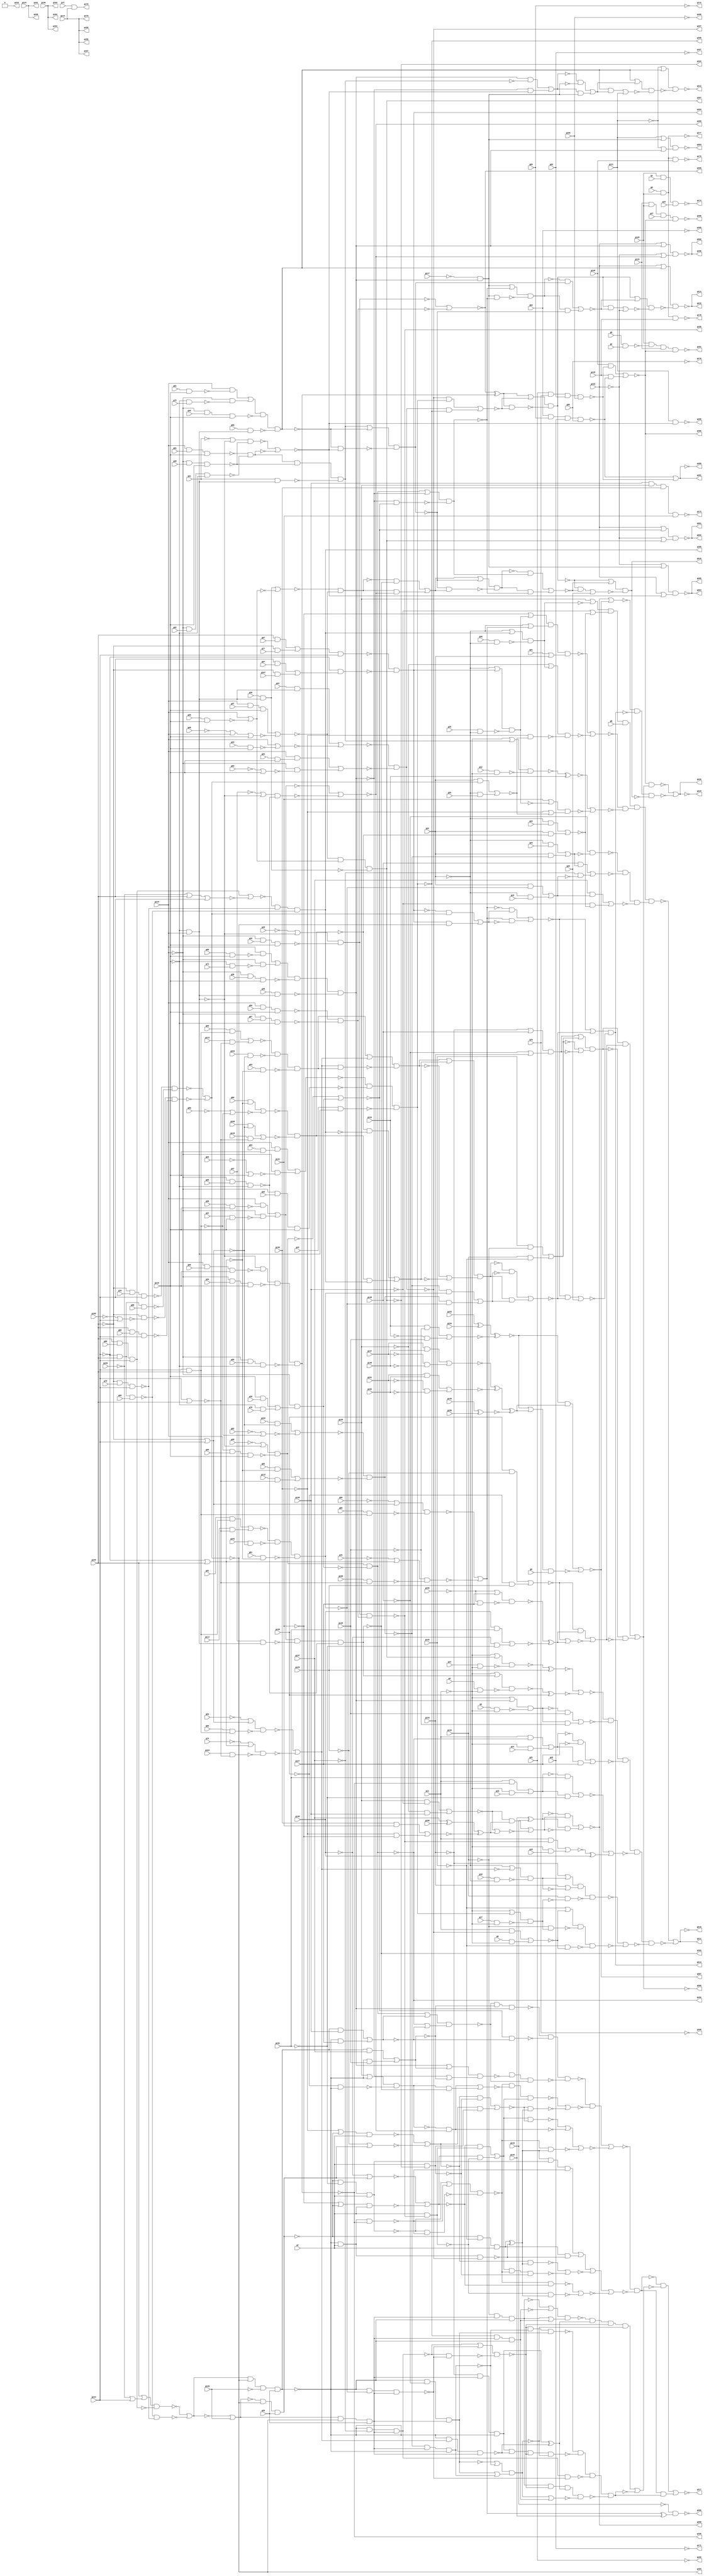
module top ( g0 , g1 , g2 , g3 , g4 , g5 , g6 , g7 , g8 , g9 , g10 , g11 , g12 , g13 , g14 , g15 , g16 , g17 , g18 , g19 , g20 , g21 , g22 , g23 , g24 , g25 , g26 , g27 , g28 , g29 , g30 , g31 , g32 , g33 , g34 , g35 , g36 , g37 , g38 , g39 , g40 , g41 , g42 , g43 , g44 , g45 , g46 , g47 , g48 , g49 , g50 , g51 , g52 , g53 , g54 , g55 , g56 , g57 , g58 , g59 , g60 , g61 , g62 , g63 , g64 , g65 , g66 , g67 , g68 , g69 , g70 , g71 , g72 , g73 , g74 , g75 , g76 , g77 , g78 , g79 , g80 , g81 , g82 , g83 , g84 , g85 , g86 , g87 , g88 , g89 , g90 , g91 , g92 , g93 , g94 , g95 , g96 , g97 , g98 , g99 , g100 , g101 , g102 , g103 , g104 , g105 , g106 , g107 , g108 , g109 , g110 , g111 , g112 , g113 , g114 , g115 , g116 , g117 , g118 , g119 , g120 , g121 , g122 , g123 , g124 , g125 , g126 , g127 , g128 , g129 , g130 , g131 , g132 , g133 , g134 , g135 , g136 , g137 , g138 , g139 , g140 , g141 , g142 , g143 , g144 , g145 , g146 , g147 , g148 , g149 , g150 , g151 , g152 , g153 , g154 , g155 , g156 , g157 , g158 , g159 , g160 , g161 , g162 , g163 , g164 , g165 , g166 , g167 , g168 , g169 , g170 , g171 , g172 , g173 , g174 , g175 , g176 , g177 , g178 , g179 , g180 , g181 , g182 , g183 , g184 , g185 , g186 , g187 , g188 , g189 , g190 , g191 , g192 , g193 , g194 , g195 , g196 , g197 , g198 , g199 , g200 , g201 , g202 , g203 , g204 , g205 , g206 , g207 , g208 , g209 , g210 , g211 , g212 , g213 , g214 , g215 , g216 , g217 , g218 , g219 , g220 );
input g0 , g1 , g2 , g3 , g4 , g5 , g6 , g7 , g8 , g9 , g10 , g11 , g12 , g13 , g14 , g15 , g16 , g17 , g18 , g19 , g20 , g21 , g22 , g23 , g24 , g25 , g26 , g27 , g28 , g29 , g30 , g31 , g32 , g33 , g34 , g35 , g36 , g37 , g38 , g39 , g40 , g41 , g42 , g43 , g44 , g45 , g46 , g47 , g48 , g49 , g50 , g51 , g52 , g53 , g54 , g55 , g56 , g57 , g58 , g59 , g60 , g61 , g62 , g63 , g64 , g65 , g66 , g67 , g68 , g69 , g70 , g71 , g72 , g73 , g74 , g75 , g76 , g77 , g78 , g79 , g80 , g81 , g82 , g83 , g84 , g85 , g86 , g87 , g88 , g89 , g90 , g91 , g92 , g93 , g94 , g95 , g96 , g97 , g98 , g99 , g100 , g101 , g102 , g103 , g104 , g105 , g106 , g107 , g108 , g109 , g110 , g111 , g112 , g113 , g114 , g115 , g116 , g117 , g118 , g119 , g120 , g121 , g122 , g123 , g124 , g125 , g126 , g127 , g128 , g129 , g130 , g131 , g132 , g133 , g134 , g135 , g136 , g137 , g138 , g139 , g140 , g141 , g142 , g143 , g144 , g145 , g146 , g147 , g148 , g149 , g150 , g151 , g152 , g153 , g154 , g155 , g156 ;
output g157 , g158 , g159 , g160 , g161 , g162 , g163 , g164 , g165 , g166 , g167 , g168 , g169 , g170 , g171 , g172 , g173 , g174 , g175 , g176 , g177 , g178 , g179 , g180 , g181 , g182 , g183 , g184 , g185 , g186 , g187 , g188 , g189 , g190 , g191 , g192 , g193 , g194 , g195 , g196 , g197 , g198 , g199 , g200 , g201 , g202 , g203 , g204 , g205 , g206 , g207 , g208 , g209 , g210 , g211 , g212 , g213 , g214 , g215 , g216 , g217 , g218 , g219 , g220 ;

wire n1 , n2 , n3 , n4 , n5 , n6 , n7 , n8 , n9 , 
     n10 , n11 , n12 , n13 , n14 , n15 , n16 , n17 , n18 , n19 , 
     n20 , n21 , n22 , n23 , n24 , n25 , n26 , n27 , n28 , n29 , 
     n30 , n31 , n32 , n33 , n34 , n35 , n36 , n37 , n38 , n39 , 
     n40 , n41 , n42 , n43 , n44 , n45 , n46 , n47 , n48 , n49 , 
     n50 , n51 , n52 , n53 , n54 , n55 , n56 , n57 , n58 , n59 , 
     n60 , n61 , n62 , n63 , n64 , n65 , n66 , n67 , n68 , n69 , 
     n70 , n71 , n72 , n73 , n74 , n75 , n76 , n77 , n78 , n79 , 
     n80 , n81 , n82 , n83 , n84 , n85 , n86 , n87 , n88 , n89 , 
     n90 , n91 , n92 , n93 , n94 , n95 , n96 , n97 , n98 , n99 , 
     n100 , n101 , n102 , n103 , n104 , n105 , n106 , n107 , n108 , n109 , 
     n110 , n111 , n112 , n113 , n114 , n115 , n116 , n117 , n118 , n119 , 
     n120 , n121 , n122 , n123 , n124 , n125 , n126 , n127 , n128 , n129 , 
     n130 , n131 , n132 , n133 , n134 , n135 , n136 , n137 , n138 , n139 , 
     n140 , n141 , n142 , n143 , n144 , n145 , n146 , n147 , n148 , n149 , 
     n150 , n151 , n152 , n153 , n154 , n155 , n156 , n157 , n158 , n159 , 
     n160 , n161 , n162 , n163 , n164 , n165 , n166 , n167 , n168 , n169 , 
     n170 , n171 , n172 , n173 , n174 , n175 , n176 , n177 , n178 , n179 , 
     n180 , n181 , n182 , n183 , n184 , n185 , n186 , n187 , n188 , n189 , 
     n190 , n191 , n192 , n193 , n194 , n195 , n196 , n197 , n198 , n199 , 
     n200 , n201 , n202 , n203 , n204 , n205 , n206 , n207 , n208 , n209 , 
     n210 , n211 , n212 , n213 , n214 , n215 , n216 , n217 , n218 , n219 , 
     n220 , n221 , n222 , n223 , n224 , n225 , n226 , n227 , n228 , n229 , 
     n230 , n231 , n232 , n233 , n234 , n235 , n236 , n237 , n238 , n239 , 
     n240 , n241 , n242 , n243 , n244 , n245 , n246 , n247 , n248 , n249 , 
     n250 , n251 , n252 , n253 , n254 , n255 , n256 , n257 , n258 , n259 , 
     n260 , n261 , n262 , n263 , n264 , n265 , n266 , n267 , n268 , n269 , 
     n270 , n271 , n272 , n273 , n274 , n275 , n276 , n277 , n278 , n279 , 
     n280 , n281 , n282 , n283 , n284 , n285 , n286 , n287 , n288 , n289 , 
     n290 , n291 , n292 , n293 , n294 , n295 , n296 , n297 , n298 , n299 , 
     n300 , n301 , n302 , n303 , n304 , n305 , n306 , n307 , n308 , n309 , 
     n310 , n311 , n312 , n313 , n314 , n315 , n316 , n317 , n318 , n319 , 
     n320 , n321 , n322 , n323 , n324 , n325 , n326 , n327 , n328 , n329 , 
     n330 , n331 , n332 , n333 , n334 , n335 , n336 , n337 , n338 , n339 , 
     n340 , n341 , n342 , n343 , n344 , n345 , n346 , n347 , n348 , n349 , 
     n350 , n351 , n352 , n353 , n354 , n355 , n356 , n357 , n358 , n359 , 
     n360 , n361 , n362 , n363 , n364 , n365 , n366 , n367 , n368 , n369 , 
     n370 , n371 , n372 , n373 , n374 , n375 , n376 , n377 , n378 , n379 , 
     n380 , n381 , n382 , n383 , n384 , n385 , n386 , n387 , n388 , n389 , 
     n390 , n391 , n392 , n393 , n394 , n395 , n396 , n397 , n398 , n399 , 
     n400 , n401 , n402 , n403 , n404 , n405 , n406 , n407 , n408 , n409 , 
     n410 , n411 , n412 , n413 , n414 , n415 , n416 , n417 , n418 , n419 , 
     n420 , n421 , n422 , n423 , n424 , n425 , n426 , n427 , n428 , n429 , 
     n430 , n431 , n432 , n433 , n434 , n435 , n436 , n437 , n438 , n439 , 
     n440 , n441 , n442 , n443 , n444 , n445 , n446 , n447 , n448 , n449 , 
     n450 , n451 , n452 , n453 , n454 , n455 , n456 , n457 , n458 , n459 , 
     n460 , n461 , n462 , n463 , n464 , n465 , n466 , n467 , n468 , n469 , 
     n470 , n471 , n472 , n473 , n474 , n475 , n476 , n477 , n478 , n479 , 
     n480 , n481 , n482 , n483 , n484 , n485 , n486 , n487 , n488 , n489 , 
     n490 , n491 , n492 , n493 , n494 , n495 , n496 , n497 , n498 , n499 , 
     n500 , n501 , n502 , n503 , n504 , n505 , n506 , n507 , n508 , n509 , 
     n510 , n511 , n512 , n513 , n514 , n515 , n516 , n517 , n518 , n519 , 
     n520 , n521 , n522 , n523 , n524 , n525 , n526 , n527 , n528 , n529 , 
     n530 , n531 , n532 , n533 , n534 , n535 , n536 , n537 , n538 , n539 , 
     n540 , n541 , n542 , n543 , n544 , n545 , n546 , n547 , n548 , n549 , 
     n550 , n551 , n552 , n553 , n554 , n555 , n556 , n557 , n558 , n559 , 
     n560 , n561 , n562 , n563 , n564 , n565 , n566 , n567 , n568 , n569 , 
     n570 , n571 , n572 , n573 , n574 , n575 , n576 , n577 , n578 , n579 , 
     n580 , n581 , n582 , n583 , n584 , n585 , n586 , n587 , n588 , n589 , 
     n590 , n591 , n592 , n593 , n594 , n595 , n596 , n597 , n598 , n599 , 
     n600 , n601 , n602 , n603 , n604 , n605 , n606 , n607 , n608 , n609 , 
     n610 , n611 , n612 , n613 , n614 , n615 , n616 , n617 , n618 , n619 , 
     n620 , n621 , n622 , n623 , n624 , n625 , n626 , n627 , n628 , n629 , 
     n630 , n631 , n632 , n633 , n634 , n635 , n636 , n637 , n638 , n639 , 
     n640 , n641 , n642 , n643 , n644 , n645 , n646 , n647 , n648 , n649 , 
     n650 , n651 , n652 , n653 , n654 , n655 , n656 , n657 , n658 , n659 , 
     n660 , n661 , n662 , n663 , n664 , n665 , n666 , n667 , n668 , n669 , 
     n670 , n671 , n672 , n673 , n674 , n675 , n676 , n677 , n678 , n679 , 
     n680 , n681 , n682 , n683 , n684 , n685 , n686 , n687 , n688 , n689 , 
     n690 , n691 , n692 , n693 , n694 , n695 , n696 , n697 , n698 , n699 , 
     n700 , n701 , n702 , n703 , n704 , n705 , n706 , n707 , n708 , n709 , 
     n710 , n711 , n712 , n713 , n714 , n715 , n716 , n717 , n718 , n719 , 
     n720 , n721 , n722 , n723 , n724 , n725 , n726 , n727 , n728 , n729 , 
     n730 , n731 , n732 , n733 , n734 , n735 , n736 , n737 , n738 , n739 , 
     n740 , n741 , n742 , n743 , n744 , n745 , n746 , n747 , n748 , n749 , 
     n750 , n751 , n752 , n753 , n754 , n755 , n756 , n757 , n758 , n759 , 
     n760 , n761 , n762 , n763 , n764 , n765 , n766 , n767 , n768 , n769 , 
     n770 , n771 , n772 , n773 , n774 , n775 , n776 , n777 , n778 , n779 , 
     n780 , n781 , n782 , n783 , n784 , n785 , n786 , n787 , n788 , n789 , 
     n790 , n791 , n792 , n793 , n794 , n795 , n796 , n797 , n798 , n799 , 
     n800 , n801 , n802 , n803 , n804 , n805 , n806 , n807 , n808 , n809 , 
     n810 , n811 , n812 , n813 , n814 , n815 , n816 , n817 , n818 , n819 , 
     n820 , n821 , n822 , n823 , n824 , n825 , n826 , n827 , n828 , n829 , 
     n830 , n831 , n832 , n833 , n834 , n835 , n836 , n837 , n838 , n839 , 
     n840 , n841 , n842 , n843 , n844 , n845 , n846 , n847 , n848 , n849 , 
     n850 , n851 , n852 , n853 , n854 , n855 , n856 , n857 , n858 , n859 , 
     n860 , n861 , n862 , n863 , n864 , n865 , n866 , n867 , n868 , n869 , 
     n870 , n871 , n872 , n873 , n874 , n875 , n876 , n877 , n878 , n879 , 
     n880 , n881 , n882 , n883 , n884 , n885 , n886 , n887 , n888 , n889 , 
     n890 , n891 , n892 , n893 , n894 , n895 , n896 , n897 , n898 , n899 , 
     n900 , n901 , n902 , n903 , n904 , n905 , n906 , n907 , n908 , n909 , 
     n910 , n911 , n912 , n913 , n914 , n915 , n916 , n917 , n918 , n919 , 
     n920 , n921 , n922 , n923 , n924 , n925 , n926 , n927 , n928 , n929 , 
     n930 , n931 , n932 , n933 , n934 , n935 , n936 , n937 , n938 , n939 , 
     n940 , n941 , n942 , n943 , n944 , n945 , n946 , n947 , n948 , n949 , 
     n950 , n951 , n952 , n953 , n954 , n955 , n956 , n957 , n958 , n959 , 
     n960 , n961 , n962 , n963 , n964 , n965 , n966 , n967 , n968 , n969 , 
     n970 , n971 , n972 , n973 , n974 , n975 , n976 , n977 , n978 , n979 , 
     n980 , n981 , n982 , n983 , n984 , n985 , n986 , n987 , n988 , n989 , 
     n990 , n991 , n992 , n993 , n994 , n995 , n996 , n997 , n998 , n999 , 
     n1000 , n1001 , n1002 , n1003 , n1004 , n1005 , n1006 , n1007 , n1008 , n1009 , 
     n1010 , n1011 , n1012 , n1013 , n1014 , n1015 , n1016 , n1017 , n1018 , n1019 , 
     n1020 , n1021 , n1022 , n1023 , n1024 , n1025 , n1026 , n1027 , n1028 , n1029 , 
     n1030 , n1031 , n1032 , n1033 , n1034 , n1035 , n1036 , n1037 , n1038 , n1039 , 
     n1040 , n1041 , n1042 , n1043 , n1044 , n1045 , n1046 , n1047 , n1048 , n1049 , 
     n1050 , n1051 , n1052 , n1053 , n1054 , n1055 , n1056 , n1057 , n1058 , n1059 , 
     n1060 ;
wire t_0 ;
buf ( n1 , g0 );
buf ( n2 , g1 );
buf ( n3 , g2 );
buf ( n4 , g3 );
buf ( n5 , g4 );
buf ( n6 , g5 );
buf ( n7 , g6 );
buf ( n8 , g7 );
buf ( n9 , g8 );
buf ( n10 , g9 );
buf ( n11 , g10 );
buf ( n12 , g11 );
buf ( n13 , g12 );
buf ( n14 , g13 );
buf ( n15 , g14 );
buf ( n16 , g15 );
buf ( n17 , g16 );
buf ( n18 , g17 );
buf ( n19 , g18 );
buf ( n20 , g19 );
buf ( n21 , g20 );
buf ( n22 , g21 );
buf ( n23 , g22 );
buf ( n24 , g23 );
buf ( n25 , g24 );
buf ( n26 , g25 );
buf ( n27 , g26 );
buf ( n28 , g27 );
buf ( n29 , g28 );
buf ( n30 , g29 );
buf ( n31 , g30 );
buf ( n32 , g31 );
buf ( n33 , g32 );
buf ( n34 , g33 );
buf ( n35 , g34 );
buf ( n36 , g35 );
buf ( n37 , g36 );
buf ( n38 , g37 );
buf ( n39 , g38 );
buf ( n40 , g39 );
buf ( n41 , g40 );
buf ( n42 , g41 );
buf ( n43 , g42 );
buf ( n44 , g43 );
buf ( n45 , g44 );
buf ( n46 , g45 );
buf ( n47 , g46 );
buf ( n48 , g47 );
buf ( n49 , g48 );
buf ( n50 , g49 );
buf ( n51 , g50 );
buf ( n52 , g51 );
buf ( n53 , g52 );
buf ( n54 , g53 );
buf ( n55 , g54 );
buf ( n56 , g55 );
buf ( n57 , g56 );
buf ( n58 , g57 );
buf ( n59 , g58 );
buf ( n60 , g59 );
buf ( n61 , g60 );
buf ( n62 , g61 );
buf ( n63 , g62 );
buf ( n64 , g63 );
buf ( n65 , g64 );
buf ( n66 , g65 );
buf ( n67 , g66 );
buf ( n68 , g67 );
buf ( n69 , g68 );
buf ( n70 , g69 );
buf ( n71 , g70 );
buf ( n72 , g71 );
buf ( n73 , g72 );
buf ( n74 , g73 );
buf ( n75 , g74 );
buf ( n76 , g75 );
buf ( n77 , g76 );
buf ( n78 , g77 );
buf ( n79 , g78 );
buf ( n80 , g79 );
buf ( n81 , g80 );
buf ( n82 , g81 );
buf ( n83 , g82 );
buf ( n84 , g83 );
buf ( n85 , g84 );
buf ( n86 , g85 );
buf ( n87 , g86 );
buf ( n88 , g87 );
buf ( n89 , g88 );
buf ( n90 , g89 );
buf ( n91 , g90 );
buf ( n92 , g91 );
buf ( n93 , g92 );
buf ( n94 , g93 );
buf ( n95 , g94 );
buf ( n96 , g95 );
buf ( n97 , g96 );
buf ( n98 , g97 );
buf ( n99 , g98 );
buf ( n100 , g99 );
buf ( n101 , g100 );
buf ( n102 , g101 );
buf ( n103 , g102 );
buf ( n104 , g103 );
buf ( n105 , g104 );
buf ( n106 , g105 );
buf ( n107 , g106 );
buf ( n108 , g107 );
buf ( n109 , g108 );
buf ( n110 , g109 );
buf ( n111 , g110 );
buf ( n112 , g111 );
buf ( n113 , g112 );
buf ( n114 , g113 );
buf ( n115 , g114 );
buf ( n116 , g115 );
buf ( n117 , g116 );
buf ( n118 , g117 );
buf ( n119 , g118 );
buf ( n120 , g119 );
buf ( n121 , g120 );
buf ( n122 , g121 );
buf ( n123 , g122 );
buf ( n124 , g123 );
buf ( n125 , g124 );
buf ( n126 , g125 );
buf ( n127 , g126 );
buf ( n128 , g127 );
buf ( n129 , g128 );
buf ( n130 , g129 );
buf ( n131 , g130 );
buf ( n132 , g131 );
buf ( n133 , g132 );
buf ( n134 , g133 );
buf ( n135 , g134 );
buf ( n136 , g135 );
buf ( n137 , g136 );
buf ( n138 , g137 );
buf ( n139 , g138 );
buf ( n140 , g139 );
buf ( n141 , g140 );
buf ( n142 , g141 );
buf ( n143 , g142 );
buf ( n144 , g143 );
buf ( n145 , g144 );
buf ( n146 , g145 );
buf ( n147 , g146 );
buf ( n148 , g147 );
buf ( n149 , g148 );
buf ( n150 , g149 );
buf ( n151 , g150 );
buf ( n152 , g151 );
buf ( n153 , g152 );
buf ( n154 , g153 );
buf ( n155 , g154 );
buf ( n156 , g155 );
buf ( n157 , g156 );
buf ( g157 , n158 );
buf ( g158 , n159 );
buf ( g159 , n160 );
buf ( g160 , n161 );
buf ( g161 , n162 );
buf ( g162 , n163 );
buf ( g163 , n164 );
buf ( g164 , n165 );
buf ( g165 , n166 );
buf ( g166 , n167 );
buf ( g167 , n168 );
buf ( g168 , n169 );
buf ( g169 , n170 );
buf ( g170 , n171 );
buf ( g171 , n172 );
buf ( g172 , n173 );
buf ( g173 , n174 );
buf ( g174 , n175 );
buf ( g175 , n176 );
buf ( g176 , n177 );
buf ( g177 , n178 );
buf ( g178 , n179 );
buf ( g179 , n180 );
buf ( g180 , n181 );
buf ( g181 , n182 );
buf ( g182 , n183 );
buf ( g183 , n184 );
buf ( g184 , n185 );
buf ( g185 , n186 );
buf ( g186 , n187 );
buf ( g187 , n188 );
buf ( g188 , n189 );
buf ( g189 , n190 );
buf ( g190 , n191 );
buf ( g191 , n192 );
buf ( g192 , n193 );
buf ( g193 , n194 );
buf ( g194 , n195 );
buf ( g195 , n196 );
buf ( g196 , n197 );
buf ( g197 , n198 );
buf ( g198 , n199 );
buf ( g199 , n200 );
buf ( g200 , n201 );
buf ( g201 , n202 );
buf ( g202 , n203 );
buf ( g203 , n204 );
buf ( g204 , n205 );
buf ( g205 , n206 );
buf ( g206 , n207 );
buf ( g207 , n208 );
buf ( g208 , n209 );
buf ( g209 , n210 );
buf ( g210 , n211 );
buf ( g211 , n212 );
buf ( g212 , n213 );
buf ( g213 , n214 );
buf ( g214 , n215 );
buf ( g215 , n216 );
buf ( g216 , n217 );
buf ( g217 , n218 );
buf ( g218 , n219 );
buf ( g219 , n220 );
buf ( g220 , n221 );
buf ( n158 , n115 );
buf ( n159 , n115 );
buf ( n160 , n115 );
buf ( n161 , n124 );
buf ( n162 , n124 );
buf ( n163 , n137 );
buf ( n164 , n137 );
buf ( n165 , n137 );
buf ( n166 , n1056 );
buf ( n167 , n1053 );
buf ( n168 , n1060 );
buf ( n169 , n1055 );
buf ( n170 , n1059 );
buf ( n171 , n1057 );
buf ( n172 , n1058 );
buf ( n173 , n1054 );
buf ( n174 , n1049 );
buf ( n175 , n1048 );
buf ( n176 , n115 );
buf ( n177 , n1052 );
buf ( n178 , n1042 );
buf ( n179 , n1044 );
buf ( n180 , n1046 );
buf ( n181 , n1040 );
buf ( n182 , n1041 );
buf ( n183 , n593 );
buf ( n184 , n477 );
buf ( n185 , n1037 );
buf ( n186 , n747 );
buf ( n187 , n770 );
buf ( n188 , n1031 );
buf ( n189 , n373 );
buf ( n190 , n1035 );
buf ( n191 , n1036 );
buf ( n192 , n1039 );
buf ( n193 , n244 );
buf ( n194 , n378 );
buf ( n195 , n1034 );
buf ( n196 , n400 );
buf ( n197 , n348 );
buf ( n198 , n448 );
buf ( n199 , n494 );
buf ( n200 , n1029 );
buf ( n201 , n1029 );
buf ( n202 , n1033 );
buf ( n203 , n1033 );
buf ( n204 , n1023 );
buf ( n205 , n1026 );
buf ( n206 , n1026 );
buf ( n207 , n1020 );
buf ( n208 , n675 );
buf ( n209 , n651 );
buf ( n210 , n628 );
buf ( n211 , n976 );
buf ( n212 , n977 );
buf ( n213 , n1017 );
buf ( n214 , n1001 );
buf ( n215 , n1000 );
buf ( n216 , n1000 );
buf ( n217 , n1002 );
buf ( n218 , n588 );
buf ( n219 , 1'b0 );
buf ( n220 , n837 );
buf ( n221 , n838 );
not ( n229 , n49 );
not ( n230 , n117 );
nand ( n231 , n230 , n120 );
not ( n232 , n231 );
not ( n233 , n232 );
or ( n234 , n229 , n233 );
nand ( n235 , n120 , n60 , n117 );
nand ( n236 , n234 , n235 );
not ( n237 , n236 );
not ( n238 , n120 );
and ( n239 , n117 , n39 );
not ( n240 , n117 );
and ( n241 , n240 , n71 );
or ( n242 , n239 , n241 );
nand ( n243 , n238 , n242 );
nand ( n244 , n237 , n243 );
not ( n245 , n244 );
not ( n246 , n146 );
not ( n247 , n246 );
not ( n248 , n110 );
nor ( n249 , n248 , n145 );
not ( n250 , n249 );
or ( n251 , n247 , n250 );
nand ( n252 , n146 , n90 , n145 );
nand ( n253 , n251 , n252 );
not ( n254 , n145 );
nand ( n255 , n254 , n146 , n100 );
not ( n256 , n146 );
nand ( n257 , n256 , n80 , n145 );
nand ( n258 , n255 , n257 );
nor ( n259 , n253 , n258 );
not ( n260 , n259 );
not ( n261 , n146 );
nand ( n262 , n261 , n79 , n145 );
not ( n263 , n145 );
nand ( n264 , n263 , n146 , n99 );
nand ( n265 , n262 , n264 );
not ( n266 , n146 );
not ( n267 , n109 );
nor ( n268 , n267 , n145 );
nand ( n269 , n266 , n268 );
nand ( n270 , n146 , n89 , n145 );
nand ( n271 , n269 , n270 );
nor ( n272 , n265 , n271 );
not ( n273 , n127 );
and ( n274 , n260 , n272 , n273 , n30 );
buf ( n275 , n274 );
and ( n276 , n275 , n139 );
not ( n277 , n275 );
and ( n278 , n277 , n128 );
nor ( n279 , n276 , n278 );
not ( n280 , n279 );
or ( n281 , n245 , n280 );
or ( n282 , n244 , n279 );
nand ( n283 , n281 , n282 );
and ( n284 , n275 , n138 );
not ( n285 , n275 );
and ( n286 , n285 , n126 );
nor ( n287 , n284 , n286 );
nand ( n288 , n61 , n117 );
and ( n289 , n120 , n288 );
not ( n290 , n120 );
not ( n291 , n117 );
nand ( n292 , n291 , n72 );
and ( n293 , n290 , n292 );
or ( n294 , n289 , n293 );
not ( n295 , n120 );
nand ( n296 , n295 , n40 , n117 );
not ( n297 , n231 );
nand ( n298 , n50 , n297 );
nand ( n299 , n294 , n296 , n298 );
not ( n300 , n299 );
not ( n301 , n300 );
not ( n302 , n301 );
not ( n303 , n302 );
not ( n304 , n303 );
nand ( n305 , n283 , n287 , n304 );
not ( n306 , n243 );
nor ( n307 , n236 , n306 );
nand ( n308 , n307 , n279 );
not ( n309 , n42 );
not ( n310 , n231 );
not ( n311 , n310 );
or ( n312 , n309 , n311 );
not ( n313 , n120 );
nand ( n314 , n313 , n31 , n117 );
nand ( n315 , n312 , n314 );
nand ( n316 , n120 , n52 , n117 );
not ( n317 , n120 );
not ( n318 , n117 );
nand ( n319 , n317 , n63 , n318 );
nand ( n320 , n316 , n319 );
nor ( n321 , n315 , n320 );
not ( n322 , n136 );
not ( n323 , n303 );
not ( n324 , n287 );
or ( n325 , n323 , n324 );
or ( n326 , n303 , n287 );
nand ( n327 , n325 , n326 );
nand ( n328 , t_0 , n327 , n283 );
nand ( n329 , n305 , n308 , n328 );
nor ( n330 , n259 , n127 );
and ( n331 , n330 , n272 , n30 );
not ( n332 , n331 );
not ( n333 , n132 );
nand ( n334 , n332 , n333 , n8 );
not ( n335 , n334 );
not ( n336 , n335 );
not ( n337 , n275 );
nand ( n338 , n120 , n318 );
not ( n339 , n338 );
not ( n340 , n339 );
nand ( n341 , n120 , n56 , n117 );
not ( n342 , n120 );
nand ( n343 , n342 , n35 , n117 );
not ( n344 , n120 );
nand ( n345 , n344 , n67 , n318 );
nand ( n346 , n340 , n341 , n343 , n345 );
not ( n347 , n346 );
not ( n348 , n347 );
nand ( n349 , n337 , n8 , n348 );
not ( n350 , n349 );
not ( n351 , n350 );
or ( n352 , n336 , n351 );
nand ( n353 , n334 , n349 );
nand ( n354 , n352 , n353 );
not ( n355 , n275 );
or ( n356 , n140 , n355 );
not ( n357 , n129 );
not ( n358 , n275 );
nand ( n359 , n357 , n358 );
nand ( n360 , n356 , n359 );
nand ( n361 , n59 , n117 );
and ( n362 , n120 , n361 );
not ( n363 , n120 );
nand ( n364 , n38 , n117 );
and ( n365 , n363 , n364 );
nor ( n366 , n362 , n365 );
not ( n367 , n48 );
not ( n368 , n297 );
or ( n369 , n367 , n368 );
not ( n370 , n120 );
nand ( n371 , n370 , n70 , n318 );
nand ( n372 , n369 , n371 );
nor ( n373 , n366 , n372 );
and ( n374 , n360 , n373 );
not ( n375 , n360 );
not ( n376 , n366 );
nand ( n377 , n48 , n339 );
nand ( n378 , n376 , n377 , n371 );
and ( n379 , n375 , n378 );
nor ( n380 , n374 , n379 );
not ( n381 , n131 );
nor ( n382 , n381 , n331 );
not ( n383 , n142 );
not ( n384 , n331 );
or ( n385 , n383 , n384 );
nand ( n386 , n385 , n8 );
nor ( n387 , n382 , n386 );
not ( n388 , n46 );
not ( n389 , n338 );
not ( n390 , n389 );
or ( n391 , n388 , n390 );
not ( n392 , n120 );
nand ( n393 , n392 , n36 , n117 );
nand ( n394 , n391 , n393 );
not ( n395 , n394 );
nand ( n396 , n120 , n57 , n117 );
not ( n397 , n120 );
nand ( n398 , n397 , n68 , n318 );
and ( n399 , n396 , n398 );
nand ( n400 , n395 , n399 );
nand ( n401 , n8 , n400 );
not ( n402 , n401 );
and ( n403 , n387 , n402 );
not ( n404 , n387 );
and ( n405 , n404 , n401 );
nor ( n406 , n403 , n405 );
not ( n407 , n406 );
nand ( n408 , n354 , n380 , n407 );
not ( n409 , n141 );
not ( n410 , n331 );
or ( n411 , n409 , n410 );
nand ( n412 , n411 , n8 );
not ( n413 , n130 );
nor ( n414 , n413 , n331 );
nor ( n415 , n412 , n414 );
and ( n416 , n120 , n58 , n117 );
not ( n417 , n69 );
nor ( n418 , n417 , n120 , n117 );
nor ( n419 , n416 , n418 );
nand ( n420 , n37 , n117 );
nor ( n421 , n120 , n420 );
not ( n422 , n421 );
nand ( n423 , n47 , n339 );
nand ( n424 , n419 , n422 , n423 );
nand ( n425 , n8 , n424 );
and ( n426 , n415 , n425 );
not ( n427 , n415 );
not ( n428 , n425 );
and ( n429 , n427 , n428 );
nor ( n430 , n426 , n429 );
not ( n431 , n331 );
not ( n432 , n133 );
nand ( n433 , n431 , n432 , n8 );
not ( n434 , n433 );
not ( n435 , n275 );
and ( n436 , n45 , n232 );
nand ( n437 , n34 , n117 );
nor ( n438 , n120 , n437 );
nor ( n439 , n436 , n438 );
nand ( n440 , n55 , n117 );
not ( n441 , n440 );
and ( n442 , n120 , n441 );
not ( n443 , n120 );
not ( n444 , n66 );
nor ( n445 , n444 , n117 );
and ( n446 , n443 , n445 );
nor ( n447 , n442 , n446 );
nand ( n448 , n439 , n447 );
nand ( n449 , n435 , n8 , n448 );
xor ( n450 , n434 , n449 );
nand ( n451 , n430 , n450 );
nor ( n452 , n408 , n451 );
and ( n453 , n329 , n452 );
nand ( n454 , n407 , n430 );
nand ( n455 , n373 , n360 );
nand ( n456 , n354 , n450 );
nor ( n457 , n454 , n455 , n456 );
nor ( n458 , n453 , n457 );
and ( n459 , n450 , n335 , n349 );
and ( n460 , n434 , n449 );
nor ( n461 , n459 , n460 );
not ( n462 , n461 );
nand ( n463 , n415 , n450 );
not ( n464 , n406 );
nand ( n465 , n464 , n354 , n425 );
nor ( n466 , n463 , n465 );
buf ( n467 , n387 );
nand ( n468 , n354 , n467 );
nand ( n469 , n401 , n450 );
nor ( n470 , n468 , n469 );
nor ( n471 , n462 , n466 , n470 );
nand ( n472 , n458 , n471 );
not ( n473 , n134 );
not ( n474 , n330 );
nor ( n475 , n265 , n271 );
not ( n476 , n475 );
not ( n477 , n476 );
nand ( n478 , n474 , n477 , n30 );
not ( n479 , n478 );
not ( n480 , n275 );
and ( n481 , n473 , n479 , n480 );
not ( n482 , n481 );
nand ( n483 , n54 , n117 );
not ( n484 , n483 );
and ( n485 , n120 , n484 );
not ( n486 , n120 );
not ( n487 , n65 );
nor ( n488 , n487 , n117 );
and ( n489 , n486 , n488 );
nor ( n490 , n485 , n489 );
not ( n491 , n120 );
nand ( n492 , n491 , n33 , n117 );
nand ( n493 , n44 , n339 );
nand ( n494 , n490 , n492 , n493 );
and ( n495 , n494 , n479 , n480 );
not ( n496 , n495 );
or ( n497 , n482 , n496 );
or ( n498 , n481 , n495 );
nand ( n499 , n497 , n498 );
not ( n500 , n135 );
and ( n501 , n500 , n479 , n355 );
not ( n502 , n275 );
not ( n503 , n95 );
not ( n504 , n146 );
nor ( n505 , n504 , n145 );
not ( n506 , n505 );
or ( n507 , n503 , n506 );
nand ( n508 , n145 , n146 );
not ( n509 , n508 );
nand ( n510 , n85 , n509 );
nand ( n511 , n507 , n510 );
not ( n512 , n75 );
not ( n513 , n145 );
nor ( n514 , n513 , n146 );
not ( n515 , n514 );
or ( n516 , n512 , n515 );
nor ( n517 , n145 , n146 );
nand ( n518 , n105 , n517 );
nand ( n519 , n516 , n518 );
nor ( n520 , n511 , n519 );
not ( n521 , n520 );
nand ( n522 , n502 , n521 , n479 );
xor ( n523 , n501 , n522 );
not ( n524 , n275 );
not ( n525 , n138 );
nand ( n526 , n524 , n525 , n479 );
not ( n527 , n526 );
not ( n528 , n527 );
not ( n529 , n275 );
not ( n530 , n92 );
not ( n531 , n530 );
nand ( n532 , n145 , n146 );
not ( n533 , n532 );
and ( n534 , n531 , n533 );
nor ( n535 , n145 , n146 );
and ( n536 , n112 , n535 );
nor ( n537 , n534 , n536 );
not ( n538 , n146 );
nor ( n539 , n538 , n145 );
nand ( n540 , n102 , n539 );
not ( n541 , n145 );
nor ( n542 , n541 , n146 );
nand ( n543 , n82 , n542 );
nand ( n544 , n537 , n540 , n543 );
not ( n545 , n544 );
not ( n546 , n545 );
nand ( n547 , n529 , n546 , n479 );
not ( n548 , n547 );
not ( n549 , n548 );
or ( n550 , n528 , n549 );
nand ( n551 , n526 , n547 );
nand ( n552 , n550 , n551 );
not ( n553 , n275 );
nand ( n554 , n553 , n322 , n479 );
not ( n555 , n554 );
not ( n556 , n555 );
and ( n557 , n103 , n539 );
not ( n558 , n93 );
nor ( n559 , n558 , n532 );
nor ( n560 , n557 , n559 );
and ( n561 , n83 , n542 );
and ( n562 , n113 , n517 );
nor ( n563 , n561 , n562 );
nand ( n564 , n560 , n563 );
and ( n565 , n564 , n479 , n355 );
not ( n566 , n565 );
or ( n567 , n556 , n566 );
or ( n568 , n555 , n565 );
nand ( n569 , n567 , n568 );
and ( n570 , n499 , n523 , n552 , n569 );
not ( n571 , n565 );
nand ( n572 , n552 , n571 , n555 );
and ( n573 , n501 , n522 );
nand ( n574 , n573 , n552 , n569 );
and ( n575 , n572 , n574 );
nand ( n576 , n527 , n547 );
nand ( n577 , n481 , n552 , n523 );
not ( n578 , n577 );
not ( n579 , n569 );
nor ( n580 , n579 , n495 );
nand ( n581 , n578 , n580 );
nand ( n582 , n575 , n576 , n581 );
nor ( n583 , n570 , n582 );
and ( n584 , n472 , n583 );
not ( n585 , n472 );
not ( n586 , n582 );
and ( n587 , n585 , n586 );
nor ( n588 , n584 , n587 );
nand ( n589 , n32 , n76 , n64 , n106 );
and ( n590 , n147 , n589 );
nand ( n591 , n53 , n86 , n43 , n96 );
and ( n592 , n119 , n591 );
nor ( n593 , n590 , n592 );
or ( n594 , n500 , n136 );
or ( n595 , n322 , n135 );
nand ( n596 , n594 , n595 );
not ( n597 , n596 );
and ( n598 , n133 , n473 );
and ( n599 , n134 , n432 );
nor ( n600 , n598 , n599 );
not ( n601 , n600 );
or ( n602 , n597 , n601 );
or ( n603 , n600 , n596 );
nand ( n604 , n602 , n603 );
not ( n605 , n604 );
and ( n606 , n129 , n413 );
not ( n607 , n129 );
and ( n608 , n607 , n130 );
nor ( n609 , n606 , n608 );
not ( n610 , n156 );
not ( n611 , n128 );
not ( n612 , n611 );
or ( n613 , n610 , n612 );
not ( n614 , n156 );
nand ( n615 , n614 , n128 );
nand ( n616 , n613 , n615 );
and ( n617 , n131 , n132 );
not ( n618 , n131 );
and ( n619 , n618 , n333 );
nor ( n620 , n617 , n619 );
xor ( n621 , n616 , n620 );
and ( n622 , n609 , n621 );
nor ( n623 , n609 , n621 );
nor ( n624 , n622 , n623 );
not ( n625 , n624 );
and ( n626 , n605 , n625 );
and ( n627 , n604 , n624 );
nor ( n628 , n626 , n627 );
not ( n629 , n628 );
nand ( n630 , n593 , n629 );
xor ( n631 , n143 , n144 );
not ( n632 , n631 );
not ( n633 , n139 );
and ( n634 , n140 , n633 );
not ( n635 , n140 );
and ( n636 , n635 , n139 );
nor ( n637 , n634 , n636 );
xor ( n638 , n138 , n157 );
and ( n639 , n141 , n142 );
not ( n640 , n141 );
not ( n641 , n142 );
and ( n642 , n640 , n641 );
nor ( n643 , n639 , n642 );
xor ( n644 , n638 , n643 );
and ( n645 , n637 , n644 );
nor ( n646 , n637 , n644 );
nor ( n647 , n645 , n646 );
not ( n648 , n647 );
and ( n649 , n632 , n648 );
and ( n650 , n631 , n647 );
nor ( n651 , n649 , n650 );
xor ( n652 , n154 , n155 );
not ( n653 , n126 );
and ( n654 , n125 , n653 );
not ( n655 , n125 );
and ( n656 , n655 , n126 );
nor ( n657 , n654 , n656 );
xnor ( n658 , n652 , n657 );
and ( n659 , n148 , n149 );
not ( n660 , n148 );
not ( n661 , n149 );
and ( n662 , n660 , n661 );
nor ( n663 , n659 , n662 );
and ( n664 , n152 , n153 );
not ( n665 , n152 );
not ( n666 , n153 );
and ( n667 , n665 , n666 );
nor ( n668 , n664 , n667 );
xor ( n669 , n663 , n668 );
xnor ( n670 , n150 , n151 );
xor ( n671 , n669 , n670 );
and ( n672 , n658 , n671 );
or ( n673 , n658 , n671 );
nand ( n674 , n673 , n10 );
nor ( n675 , n672 , n674 );
nor ( n676 , n651 , n675 );
not ( n677 , n97 );
not ( n678 , n505 );
or ( n679 , n677 , n678 );
not ( n680 , n532 );
nand ( n681 , n87 , n680 );
nand ( n682 , n679 , n681 );
not ( n683 , n77 );
not ( n684 , n514 );
or ( n685 , n683 , n684 );
nand ( n686 , n107 , n535 );
nand ( n687 , n685 , n686 );
nor ( n688 , n682 , n687 );
and ( n689 , 1'b1 , n688 );
nor ( n690 , n689 , 1'b0 );
not ( n691 , n690 );
and ( n692 , n146 , n88 );
not ( n693 , n146 );
and ( n694 , n693 , n78 );
or ( n695 , n692 , n694 );
nand ( n696 , n695 , n145 );
not ( n697 , n145 );
and ( n698 , n146 , n98 );
not ( n699 , n146 );
and ( n700 , n699 , n108 );
or ( n701 , n698 , n700 );
nand ( n702 , n697 , n701 );
nand ( n703 , n696 , n702 );
and ( n704 , n703 , n476 );
not ( n705 , n703 );
and ( n706 , n705 , n477 );
nor ( n707 , n704 , n706 );
not ( n708 , n707 );
and ( n709 , n691 , n708 );
and ( n710 , n690 , n707 );
nor ( n711 , n709 , n710 );
not ( n712 , n711 );
not ( n713 , n712 );
not ( n714 , n94 );
not ( n715 , n714 );
not ( n716 , n508 );
and ( n717 , n715 , n716 );
and ( n718 , n114 , n535 );
nor ( n719 , n717 , n718 );
nand ( n720 , n104 , n505 );
nand ( n721 , n84 , n514 );
nand ( n722 , n719 , n720 , n721 );
not ( n723 , n722 );
not ( n724 , n520 );
or ( n725 , n723 , n724 );
not ( n726 , n722 );
nand ( n727 , n521 , n726 );
nand ( n728 , n725 , n727 );
not ( n729 , n728 );
and ( n730 , n81 , n542 );
not ( n731 , n91 );
nor ( n732 , n731 , n532 );
nor ( n733 , n730 , n732 );
and ( n734 , n101 , n539 );
and ( n735 , n111 , n517 );
nor ( n736 , n734 , n735 );
nand ( n737 , n733 , n736 );
not ( n738 , n252 );
not ( n739 , n110 );
nor ( n740 , n739 , n146 , n145 );
nor ( n741 , n738 , n740 );
buf ( n742 , n257 );
buf ( n743 , n255 );
nand ( n744 , n741 , n742 , n743 );
and ( n745 , n737 , n744 );
not ( n746 , n737 );
not ( n747 , n744 );
and ( n748 , n746 , n747 );
nor ( n749 , n745 , n748 );
not ( n750 , n749 );
or ( n751 , n729 , n750 );
or ( n752 , n728 , n749 );
nand ( n753 , n751 , n752 );
and ( n754 , n564 , n545 );
not ( n755 , n564 );
and ( n756 , n755 , n546 );
nor ( n757 , n754 , n756 );
and ( n758 , n753 , n757 );
not ( n759 , n753 );
not ( n760 , n757 );
and ( n761 , n759 , n760 );
nor ( n762 , n758 , n761 );
not ( n763 , n762 );
not ( n764 , n763 );
or ( n765 , n713 , n764 );
and ( n766 , n711 , n762 );
nor ( n767 , n766 , n29 );
nand ( n768 , n765 , n767 );
not ( n769 , n399 );
nor ( n770 , n394 , n769 );
xor ( n771 , n770 , n347 );
not ( n772 , n771 );
not ( n773 , n772 );
not ( n774 , n494 );
and ( n775 , n448 , n774 );
not ( n776 , n448 );
and ( n777 , n776 , n494 );
nor ( n778 , n775 , n777 );
not ( n779 , n778 );
not ( n780 , n779 );
or ( n781 , n773 , n780 );
nand ( n782 , n771 , n778 );
nand ( n783 , n781 , n782 );
not ( n784 , n783 );
not ( n785 , n784 );
and ( n786 , n47 , n389 );
nor ( n787 , n786 , n421 );
nand ( n788 , n787 , n419 );
and ( n789 , n788 , n378 );
not ( n790 , n788 );
and ( n791 , n790 , n373 );
nor ( n792 , n789 , n791 );
not ( n793 , n792 );
not ( n794 , n320 );
nand ( n795 , n42 , n389 );
nand ( n796 , n794 , n314 , n795 );
not ( n797 , n796 );
nand ( n798 , n62 , n117 );
and ( n799 , n120 , n798 );
not ( n800 , n120 );
not ( n801 , n117 );
nand ( n802 , n801 , n73 );
and ( n803 , n800 , n802 );
or ( n804 , n799 , n803 );
not ( n805 , n120 );
nand ( n806 , n805 , n41 , n117 );
nand ( n807 , n51 , n297 );
nand ( n808 , n804 , n806 , n807 );
not ( n809 , n808 );
not ( n810 , n809 );
or ( n811 , n797 , n810 );
nand ( n812 , n808 , n321 );
nand ( n813 , n811 , n812 );
not ( n814 , n813 );
not ( n815 , n814 );
or ( n816 , n793 , n815 );
not ( n817 , n792 );
nand ( n818 , n813 , n817 );
nand ( n819 , n816 , n818 );
not ( n820 , n244 );
not ( n821 , n300 );
or ( n822 , n820 , n821 );
nand ( n823 , n299 , n307 );
nand ( n824 , n822 , n823 );
not ( n825 , n824 );
and ( n826 , n819 , n825 );
not ( n827 , n819 );
and ( n828 , n827 , n824 );
nor ( n829 , n826 , n828 );
not ( n830 , n829 );
not ( n831 , n830 );
or ( n832 , n785 , n831 );
and ( n833 , n783 , n829 );
nor ( n834 , n833 , n29 );
nand ( n835 , n832 , n834 );
nand ( n836 , n676 , n768 , n835 );
nor ( n837 , n630 , n836 );
not ( n838 , n837 );
not ( n839 , n23 );
or ( n840 , n839 , n747 );
nand ( n841 , n21 , n839 );
nand ( n842 , n840 , n841 );
or ( n843 , n140 , n842 );
and ( n844 , n839 , n25 );
not ( n845 , n839 );
and ( n846 , n845 , n737 );
nor ( n847 , n844 , n846 );
or ( n848 , n633 , n847 );
nand ( n849 , n843 , n848 , n9 );
not ( n850 , n849 );
not ( n851 , n23 );
not ( n852 , n703 );
or ( n853 , n851 , n852 );
nand ( n854 , n27 , n839 );
nand ( n855 , n853 , n854 );
not ( n856 , n855 );
or ( n857 , n641 , n856 );
not ( n858 , n688 );
or ( n859 , n839 , n858 );
or ( n860 , n22 , n23 );
nand ( n861 , n857 , n859 , n860 );
not ( n862 , n140 );
not ( n863 , n842 );
or ( n864 , n862 , n863 );
not ( n865 , n141 );
and ( n866 , n23 , n476 );
not ( n867 , n23 );
and ( n868 , n867 , n26 );
nor ( n869 , n866 , n868 );
nand ( n870 , n865 , n869 );
nand ( n871 , n864 , n870 );
nor ( n872 , n861 , n871 );
not ( n873 , n12 );
not ( n874 , n796 );
or ( n875 , n873 , n874 );
not ( n876 , n12 );
nand ( n877 , n13 , n876 );
nand ( n878 , n875 , n877 );
xnor ( n879 , n878 , n125 );
or ( n880 , n142 , n855 );
or ( n881 , n865 , n869 );
nand ( n882 , n880 , n881 );
nor ( n883 , n879 , n882 );
and ( n884 , n872 , n883 );
and ( n885 , n839 , n24 );
not ( n886 , n839 );
and ( n887 , n886 , n564 );
nor ( n888 , n885 , n887 );
nand ( n889 , n322 , n888 );
not ( n890 , n322 );
not ( n891 , n888 );
and ( n892 , n890 , n891 );
and ( n893 , n23 , n544 );
not ( n894 , n23 );
and ( n895 , n894 , n20 );
nor ( n896 , n893 , n895 );
and ( n897 , n525 , n896 );
nor ( n898 , n892 , n897 );
not ( n899 , n525 );
not ( n900 , n896 );
and ( n901 , n899 , n900 );
and ( n902 , n633 , n847 );
nor ( n903 , n901 , n902 );
and ( n904 , n889 , n898 , n903 );
nand ( n905 , n850 , n884 , n904 );
not ( n906 , n12 );
not ( n907 , n424 );
or ( n908 , n906 , n907 );
nand ( n909 , n15 , n876 );
nand ( n910 , n908 , n909 );
xnor ( n911 , n910 , n130 );
not ( n912 , n12 );
not ( n913 , n378 );
or ( n914 , n912 , n913 );
nand ( n915 , n5 , n876 );
nand ( n916 , n914 , n915 );
xnor ( n917 , n916 , n129 );
nor ( n918 , n911 , n917 );
not ( n919 , n12 );
not ( n920 , n301 );
or ( n921 , n919 , n920 );
nand ( n922 , n4 , n876 );
nand ( n923 , n921 , n922 );
and ( n924 , n923 , n126 );
not ( n925 , n923 );
and ( n926 , n925 , n653 );
nor ( n927 , n924 , n926 );
and ( n928 , n12 , n244 );
not ( n929 , n12 );
and ( n930 , n929 , n14 );
nor ( n931 , n928 , n930 );
and ( n932 , n931 , n611 );
not ( n933 , n931 );
and ( n934 , n933 , n128 );
nor ( n935 , n932 , n934 );
and ( n936 , n918 , n927 , n935 );
and ( n937 , n12 , n346 );
not ( n938 , n12 );
and ( n939 , n938 , n17 );
nor ( n940 , n937 , n939 );
and ( n941 , n940 , n132 );
not ( n942 , n940 );
and ( n943 , n942 , n333 );
nor ( n944 , n941 , n943 );
and ( n945 , n12 , n400 );
not ( n946 , n12 );
and ( n947 , n946 , n16 );
nor ( n948 , n945 , n947 );
xor ( n949 , n948 , n131 );
nor ( n950 , n944 , n949 );
not ( n951 , n23 );
not ( n952 , n521 );
or ( n953 , n951 , n952 );
nand ( n954 , n19 , n839 );
nand ( n955 , n953 , n954 );
not ( n956 , n955 );
or ( n957 , n500 , n956 );
or ( n958 , n135 , n955 );
not ( n959 , n12 );
not ( n960 , n494 );
or ( n961 , n959 , n960 );
nand ( n962 , n18 , n876 );
nand ( n963 , n961 , n962 );
nand ( n964 , n134 , n963 );
nand ( n965 , n957 , n958 , n964 );
and ( n966 , n12 , n448 );
and ( n967 , n6 , n876 );
nor ( n968 , n966 , n967 );
or ( n969 , n432 , n968 );
not ( n970 , n963 );
nand ( n971 , n473 , n970 );
nand ( n972 , n432 , n968 );
nand ( n973 , n969 , n971 , n972 );
nor ( n974 , n965 , n973 );
nand ( n975 , n936 , n950 , n974 );
nor ( n976 , n905 , n975 );
not ( n977 , n976 );
not ( n978 , n808 );
or ( n979 , n123 , n978 );
not ( n980 , n783 );
not ( n981 , n118 );
nand ( n982 , n981 , n300 );
not ( n983 , n982 );
not ( n984 , n825 );
or ( n985 , n983 , n984 );
not ( n986 , n982 );
nand ( n987 , n986 , n824 );
nand ( n988 , n985 , n987 );
and ( n989 , n988 , n814 );
not ( n990 , n988 );
and ( n991 , n990 , n813 );
nor ( n992 , n989 , n991 );
not ( n993 , n992 );
not ( n994 , n993 );
or ( n995 , n980 , n994 );
and ( n996 , n784 , n992 );
not ( n997 , n123 );
nor ( n998 , n996 , n997 );
nand ( n999 , n995 , n998 );
nand ( n1000 , n979 , n999 );
not ( n1001 , n768 );
not ( n1002 , n835 );
not ( n1003 , n122 );
or ( n1004 , n1003 , n978 );
and ( n1005 , n300 , n796 );
not ( n1006 , n300 );
and ( n1007 , n1006 , n321 );
nor ( n1008 , n1005 , n1007 );
and ( n1009 , n1008 , n982 );
not ( n1010 , n1008 );
and ( n1011 , n1010 , n986 );
or ( n1012 , n1009 , n1011 );
or ( n1013 , n978 , n1012 );
and ( n1014 , n978 , n1012 );
nor ( n1015 , n1014 , n122 );
nand ( n1016 , n1013 , n1015 );
nand ( n1017 , n1004 , n1016 );
nand ( n1018 , n144 , 1'b1 );
xor ( n1019 , n858 , n143 );
nand ( n1020 , 1'b1 , n1018 , n1019 );
or ( n1021 , n122 , n986 );
or ( n1022 , n1003 , n302 );
nand ( n1023 , n1021 , n1022 );
or ( n1024 , n997 , n986 );
or ( n1025 , n123 , n321 );
nand ( n1026 , n1024 , n1025 );
or ( n1027 , n123 , n302 );
or ( n1028 , n997 , n373 );
nand ( n1029 , n1027 , n1028 );
or ( n1030 , n123 , n307 );
not ( n1031 , n424 );
or ( n1032 , n997 , n1031 );
nand ( n1033 , n1030 , n1032 );
not ( n1034 , n1031 );
nand ( n1035 , n122 , n321 );
nand ( n1036 , n116 , n121 , n28 , n593 );
not ( n1037 , n703 );
nand ( n1038 , n1 , n3 );
nand ( n1039 , n121 , n1038 , n116 , n593 );
nor ( n1040 , n591 , n589 );
not ( n1041 , n1040 );
nand ( n1042 , n7 , n121 );
not ( n1043 , n1042 );
nand ( n1044 , n1043 , n119 );
not ( n1045 , n1042 );
nand ( n1046 , n1045 , n147 );
not ( n1047 , n542 );
nand ( n1048 , n121 , n2 , n11 );
nand ( n1049 , n139 , n140 , n141 , n142 );
not ( n1050 , n539 );
not ( n1051 , n535 );
and ( n1052 , n74 , n115 );
not ( n1053 , n106 );
not ( n1054 , n86 );
not ( n1055 , n76 );
not ( n1056 , n32 );
not ( n1057 , n96 );
not ( n1058 , n43 );
not ( n1059 , n53 );
not ( n1060 , n64 );
endmodule